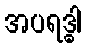
အပရဒ္ဓါ